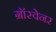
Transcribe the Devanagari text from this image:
ग्रॉस्वेनर